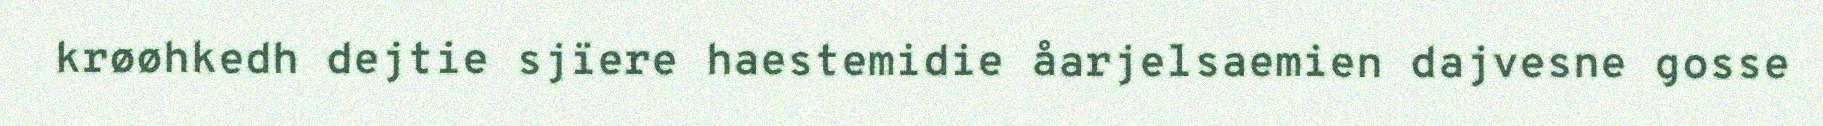
krøøhkedh dejtie sjïere haestemidie åarjelsaemien dajvesne gosse